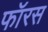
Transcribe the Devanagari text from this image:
फॉरस